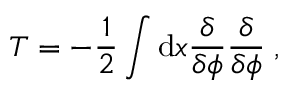
T = - { \frac { 1 } { 2 } } \int \mathrm { d } x { \frac { \delta } { \delta \phi } } { \frac { \delta } { \delta \phi } } \; ,